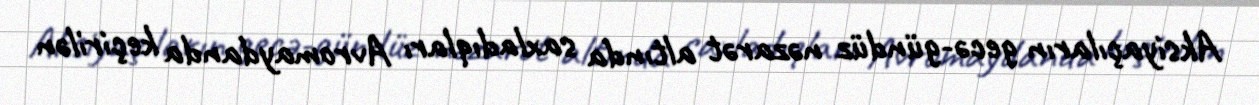
Aksiyaçıların gecə-gündüz nəzarət altında saxladıqları Avromaydanda keçirilən